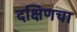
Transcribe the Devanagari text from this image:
दक्षिणचा